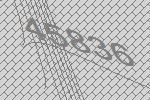
45836